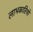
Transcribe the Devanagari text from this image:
लाभकारियों